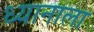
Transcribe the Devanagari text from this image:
ध्यानाला